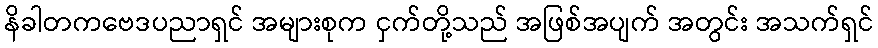
နိခါတကဗေဒပညာရှင် အများစုက ငှက်တို့သည် အဖြစ်အပျက် အတွင်း အသက်ရှင်